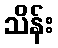
သိန်း